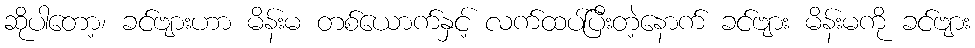
ဆိုပါတော့၊ ခင်ဗျားဟာ မိန်းမ တစ်ယောက်နှင့် လက်ထပ်ပြီးတဲ့နောက် ခင်ဗျား မိန်းမကို ခင်ဗျား